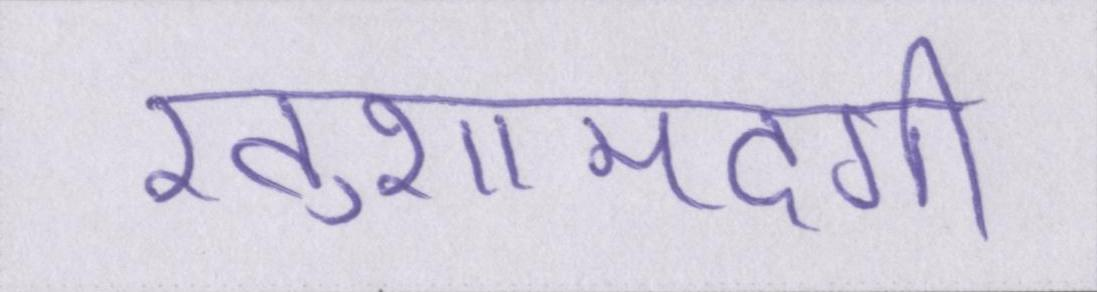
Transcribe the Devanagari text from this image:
खुशामदगी